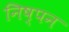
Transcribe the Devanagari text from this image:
निष्पन